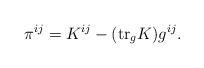
LaTeX: \begin{align*}\pi^{ij} = K^{ij} - (\textup{tr}_g K) g^{ij}.\end{align*}